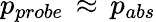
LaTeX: p_{probe}\, \approx\, p_{abs}